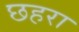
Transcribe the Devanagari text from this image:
छहरा